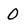
Character: 0